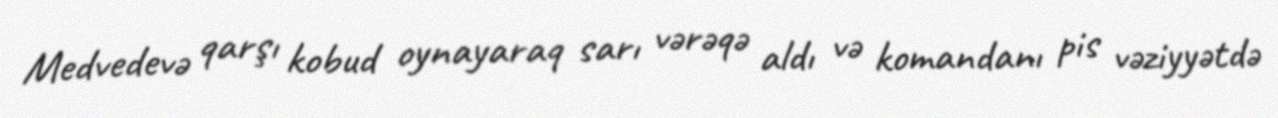
Medvedevə qarşı kobud oynayaraq sarı vərəqə aldı və komandanı pis vəziyyətdə